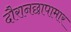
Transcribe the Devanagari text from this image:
दौरानछापामार